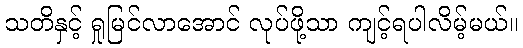
သတိနှင့် ရှုမြင်လာအောင် လုပ်ဖို့သာ ကျင့်ရပါလိမ့်မယ်။